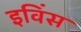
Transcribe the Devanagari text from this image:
इविंस